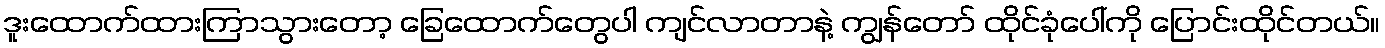
ဒူးထောက်ထားကြာသွားတော့ ခြေထောက်တွေပါ ကျင်လာတာနဲ့ ကျွန်တော် ထိုင်ခုံပေါ်ကို ပြောင်းထိုင်တယ်။